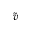
\tilde { v }